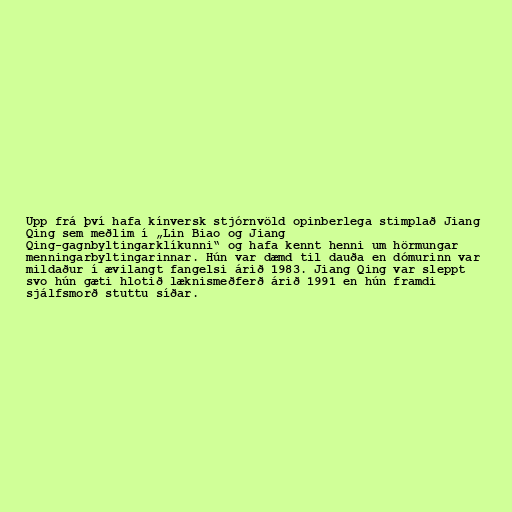
Upp frá því hafa kínversk stjórnvöld opinberlega stimplað Jiang
Qing sem meðlim í „Lin Biao og Jiang
Qing-gagnbyltingarklíkunni“ og hafa kennt henni um hörmungar
menningarbyltingarinnar. Hún var dæmd til dauða en dómurinn var
mildaður í ævilangt fangelsi árið 1983. Jiang Qing var sleppt
svo hún gæti hlotið læknismeðferð árið 1991 en hún framdi
sjálfsmorð stuttu síðar.